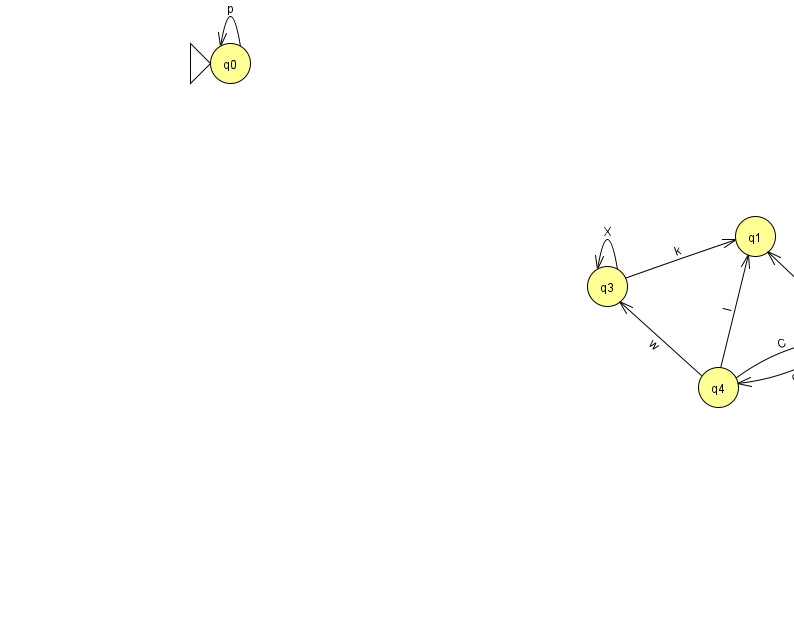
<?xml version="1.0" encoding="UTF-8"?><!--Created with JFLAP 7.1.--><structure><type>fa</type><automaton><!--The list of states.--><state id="0" name="q0"><x>230.0</x><y>50.0</y><initial/></state><state id="1" name="q1"><x>755.0</x><y>223.0</y></state><state id="2" name="q2"><x>859.0</x><y>321.0</y><final/></state><state id="3" name="q3"><x>607.0</x><y>273.0</y></state><state id="4" name="q4"><x>718.0</x><y>374.0</y></state><!--The list of transitions.--><transition><from>0</from><to>0</to><read>p</read></transition><transition><from>4</from><to>3</to><read>w</read></transition><transition><from>4</from><to>2</to><read>C</read></transition><transition><from>4</from><to>1</to><read>l</read></transition><transition><from>3</from><to>1</to><read>k</read></transition><transition><from>2</from><to>2</to><read>H</read></transition><transition><from>3</from><to>3</to><read>X</read></transition><transition><from>2</from><to>1</to><read>A</read></transition><transition><from>2</from><to>4</to><read>o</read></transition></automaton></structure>